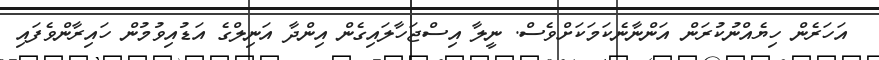
އަހަރެން ހިޔެއްނުކުރަން އަންނާނެކަމަކަށްވެސް. ނީލާ އިސްޖަހާލައިގެން އިންދާ އަނިލްގެ އަޑުއިވުމުން ހައިރާންވެފައި